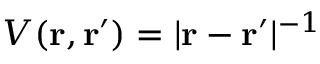
V ( \mathbf r , \mathbf r ^ { \prime } ) = | \mathbf r - \mathbf r ^ { \prime } | ^ { - 1 }